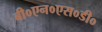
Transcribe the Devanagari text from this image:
बी०एन०एस०डी०